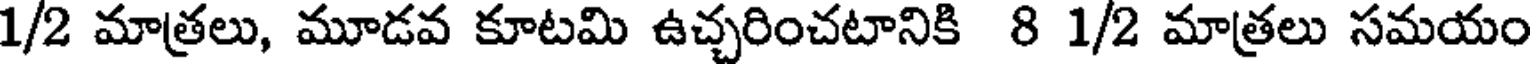
1/2 మాత్రలు, మూడవ కూటమి ఉచ్చరించటానికి 8 1/2 మాత్రలు సమయం